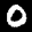
Label: 0